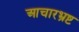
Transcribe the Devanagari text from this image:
आचारभ्रष्ट